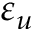
\varepsilon _ { u }